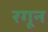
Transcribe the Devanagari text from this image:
रगून